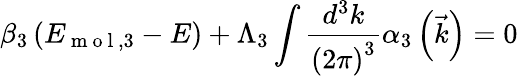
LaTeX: \beta_{3}\left(E_{\mathrm{~m~o~l~},3}-E\right)+\Lambda_{3}\int\frac{d^{3}k}{\left(2\pi\right)^{3}}\alpha_{3}\left(\vec{k}\right)=0